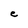
Character: e